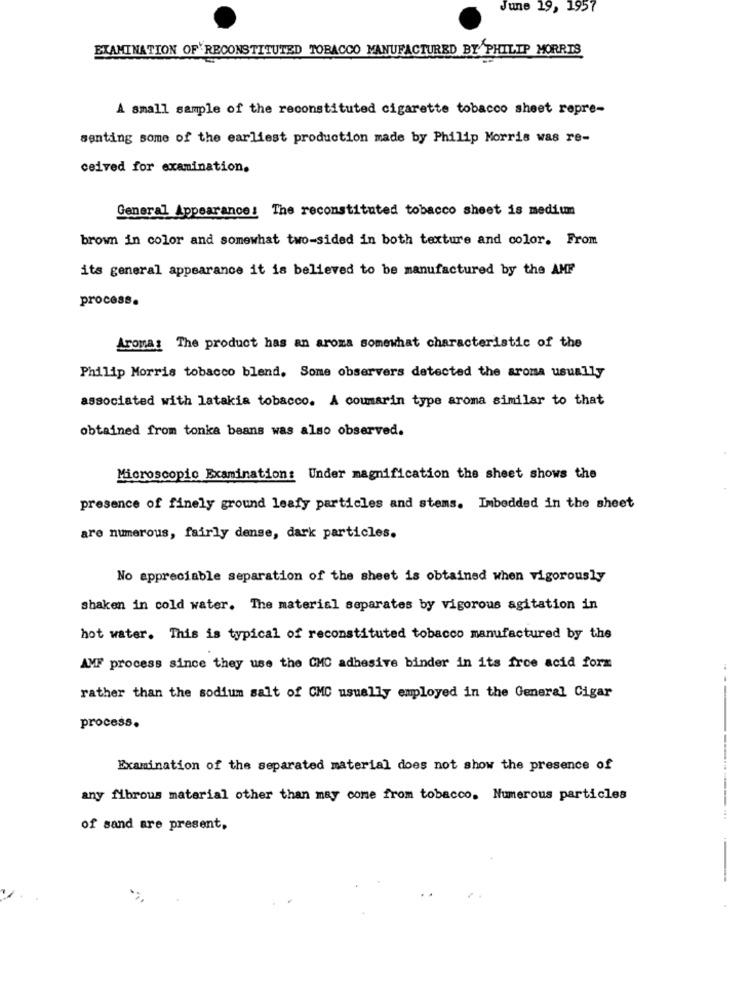
June 19, 1957
EXAMINATION OF RECONSTITUTED TOBACCO MANUFACTURED BY PHILIP MORRIS
A small sample of the reconstituted cigarette tobacco sheet repre-
senting some of the earliest production made by Philip Morris was re-
ceived for examination.
General Appearance: The reconstituted tobacco sheet is medium
brown in color and somewhat two-sided in both texture and color. From
its general appearance it is believed to be manufactured by the AMF
process.
Aroma: The product has an aroma somewhat characteristic of the
Philip Morris tobacco blend. Some observers detected the aroma usually
associated with latakia tobacco. A coumarin type aroma similar to that
obtained from tonka beans was also observed.
Microscopic Examination: Under magnification the sheet shows the
presence of finely ground leafy particles and stems. Imbedded in the sheet
are numerous, fairly dense, dark particles.
No appreciable separation of the sheet is obtained when vigorously
shaken in cold water. The material separates by vigorous agitation in
hot water. This is typical of reconstituted tobacco manufactured by the
AMF process since they use the CMC adhesive binder in its free acid form
rather than the sodium salt of CMC usually employed in the General Cigar
process.
Examination of the separated material does not show the presence of
any fibrous material other than may come from tobacco. Numerous particles
of sand are present,